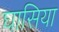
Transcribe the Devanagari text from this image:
घासिया